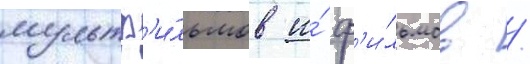
мультф'и́льмов и́ ф'и́льмов /